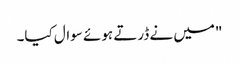
"میں نے ڈرتے ہوئے سوال کیا۔